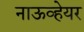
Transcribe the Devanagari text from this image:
नाऊव्हेयर